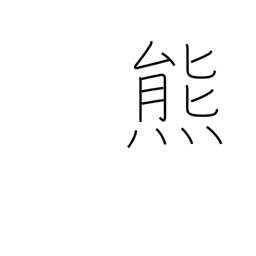
Meaning: bear